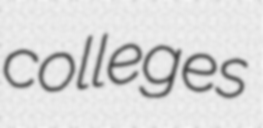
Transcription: colleges